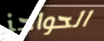
الحواجز